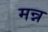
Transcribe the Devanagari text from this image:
मन्न